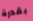
بقدرة